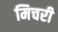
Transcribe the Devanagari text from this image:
मिचरी